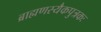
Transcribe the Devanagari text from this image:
ब्राह्मणस्यैकपुत्रकः